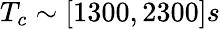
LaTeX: T_{c}\sim[1300,2300]s